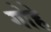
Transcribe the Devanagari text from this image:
गोहे